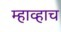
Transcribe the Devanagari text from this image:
म्हाव्हाच